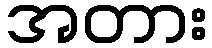
အတား